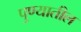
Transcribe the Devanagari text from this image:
पुण्‍यातील